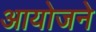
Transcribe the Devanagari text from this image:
आयोजने